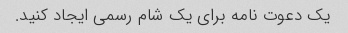
یک دعوت نامه برای یک شام رسمی ایجاد کنید.